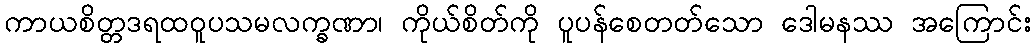
ကာယစိတ္တဒရထဝူပသမလက္ခဏာ၊ ကိုယ်စိတ်ကို ပူပန်စေတတ်သော ဒေါမနဿ အကြောင်း